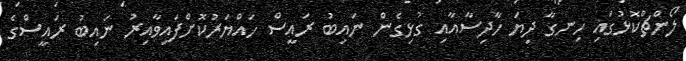
ލޯންޗްކޮޅުގައި ހިނގާ ދިޔަ ހާދިސާއާއި ގުޅިގެން ނައިބު ރައީސް ހައްޔަރުކޮށްފައިވާއިރު ނައިބު ރައީސްގެ